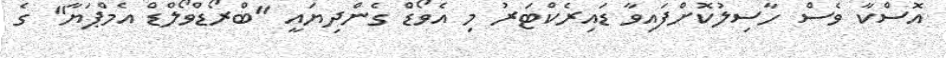
އޮސްކާ ވެސް ހާސިލުކޮށްފައިވާ ޑައިރެކްޓަރު މި އެވޯޑް ގެންދިޔައީ "ބްރޯޑްވޯލްޑް އެމްޕަޔާ" ގެ